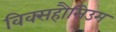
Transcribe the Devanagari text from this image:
विक्सहौसिउम